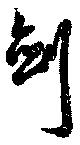
劍